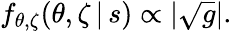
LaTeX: f_{\theta,\zeta}(\theta,\zeta\, |\, s)\propto|\sqrt{g}|.